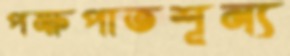
পক্ষপাতশূন্য